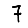
Digit: 7